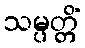
သမ္ပတ္တိံ